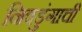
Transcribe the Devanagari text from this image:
निवडुंगाची